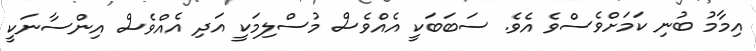
އިމާމު ބުނި ކަމަށްވެސްވެ އެވެ. ސަބަބަކީ އެއްވެސް މުސްލިމަކީ އަދި އެއްވެސް އިންސާނަކީ